Scientific memoirs by medical officers of the Army of India - Part III,
Year: 1887
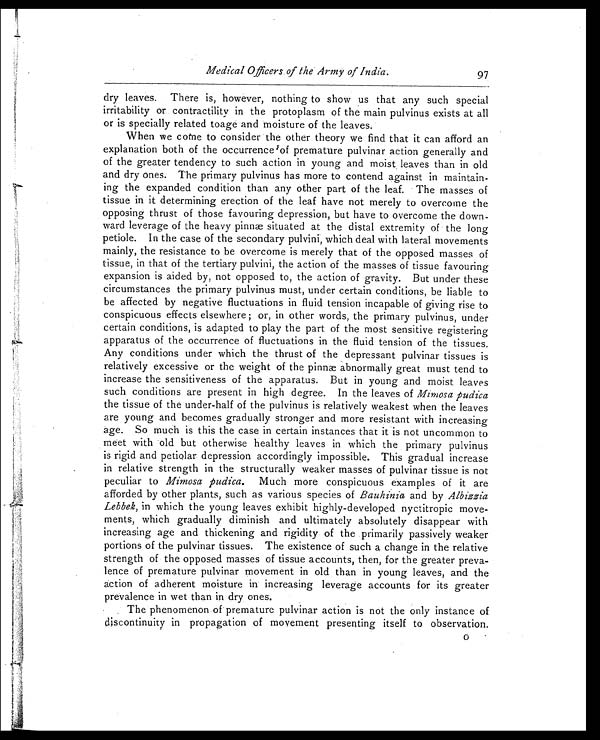
Medical Officers of the Army of India.
dry leaves. There is, however, nothing to show us that any such special
irritability or contractility in the protoplasm of the main pulvinus exists at all
or is specially related toage and moisture of the leaves.
When we come to consider the other theory we find that it can afford an
explanation both of the occurrence of premature pulvinar action generally and
of the greater tendency to such action in young and moist leaves than in old
and dry ones. The primary pulvinus has more to contend against in maintain-
ing the expanded condition than any other part of the leaf. The masses of
tissue in it determining erection of the leaf have not merely to overcome the
opposing thrust of those favouring depression, but have to overcome the down-
ward leverage of the heavy pinnæ situated at the distal extremity of the long
petiole. In the case of the secondary pulvini, which deal with lateral movements
mainly, the resistance to be overcome is merely that of the opposed masses of
tissue, in that of the tertiary pulvini, the action of the masses of tissue favouring
expansion is aided by, not opposed to, the action of gravity. But under these
circumstances the primary pulvinus must, under certain conditions, be liable to
be affected by negative fluctuations in fluid tension incapable of giving rise to
conspicuous effects elsewhere ; or, in other words, the primary pulvinus, under
certain conditions, is adapted to play the part of the most sensitive registering
apparatus of the occurrence of fluctuations in the fluid tension of the tissues.
Any conditions under which the thrust of the depressant pulvinar tissues is
relatively excessive or the weight of the pinnæ abnormally great must tend to
increase the sensitiveness of the apparatus. But in young and moist leaves
such conditions are present in high degree. In the leaves of Mimosa pudica
the tissue of the under-half of the pulvinus is relatively weakest when the leaves
are young and becomes gradually stronger and more resistant with increasing
age. So much is this the case in certain instances that it is not uncommon to
meet with old but otherwise healthy leaves in which the primary pulvinus
is rigid and petiolar depression accordingly impossible. This gradual increase
in relative strength in the structurally weaker masses of pulvinar tissue is not
peculiar to Mimosa pudica. Much more conspicuous examples of it are
afforded by other plants, such as various species of Bauhinia and by Albizzia
Lebbek, in which the young leaves exhibit highly-developed nyctitropic move-
ments, which gradually diminish and ultimately absolutely disappear with
increasing age and thickening and rigidity of the primarily passively weaker
portions of the pulvinar tissues. The existence of such a change in the relative
strength of the opposed masses of tissue accounts, then, for the greater preva-
lence of premature pulvinar movement in old than in young leaves, and the
action of adherent moisture in increasing leverage accounts for its greater
prevalence in wet than in dry ones.
The phenomenon of premature pulvinar action is not the only instance of
discontinuity in propagation of movement presenting itself to observation.
97